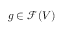
g \in { \mathcal { F } } ( V )